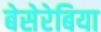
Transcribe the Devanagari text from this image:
बेसेरेबिया